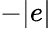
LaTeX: -|e|